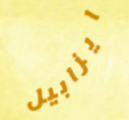
ايزابيل